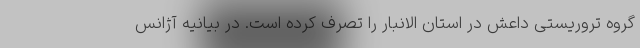
گروه تروریستی داعش در استان الانبار را تصرف کرده است. در بیانیه آژانس